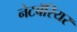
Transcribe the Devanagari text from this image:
नेटबॅरियर